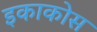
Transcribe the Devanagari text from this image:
इकाकोस